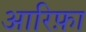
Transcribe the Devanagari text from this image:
आरिफ़ा